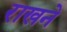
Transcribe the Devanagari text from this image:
राखने